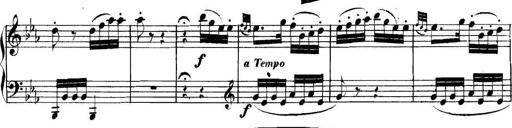
Title: Collected Piano Sonatas
Composer: Muzio Clementi